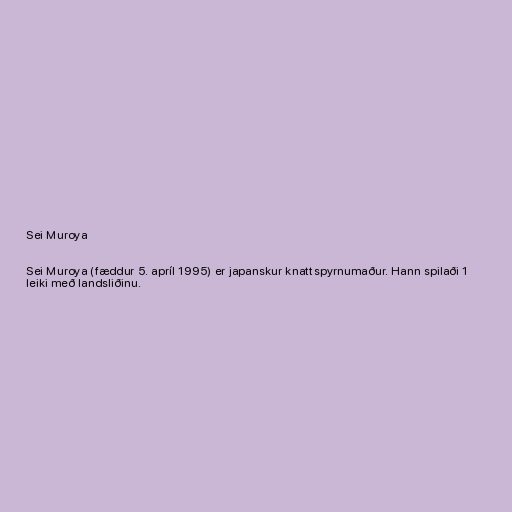
Sei Muroya

Sei Muroya (fæddur 5. apríl 1995) er japanskur knattspyrnumaður. Hann spilaði 1
leiki með landsliðinu.